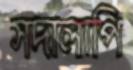
সদালাপি